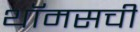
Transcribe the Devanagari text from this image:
थॉमसची